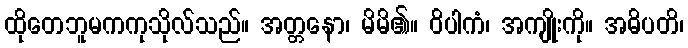
ထိုတေဘူမကကုသိုလ်သည်။ အတ္တနော၊ မိမိ၏။ ဝိပါကံ၊ အကျိုးကို။ အဓိပတိ၊